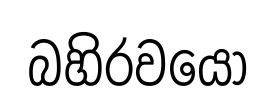
බහිරවයො